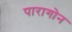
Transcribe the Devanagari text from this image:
पारागोन